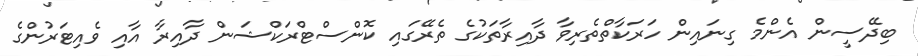
ބިދޭސީން އެންމެ ގިނައިން ހަރަކާތްތެރިވާ ދާއިރާތަކުގެ ތެރޭގައި ކޮންސްޓްރަކްޝަން ދާއިރާ އާއި ވެއިޓަރުންގެ